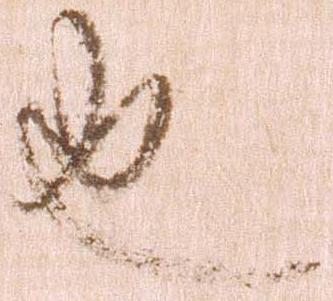
也